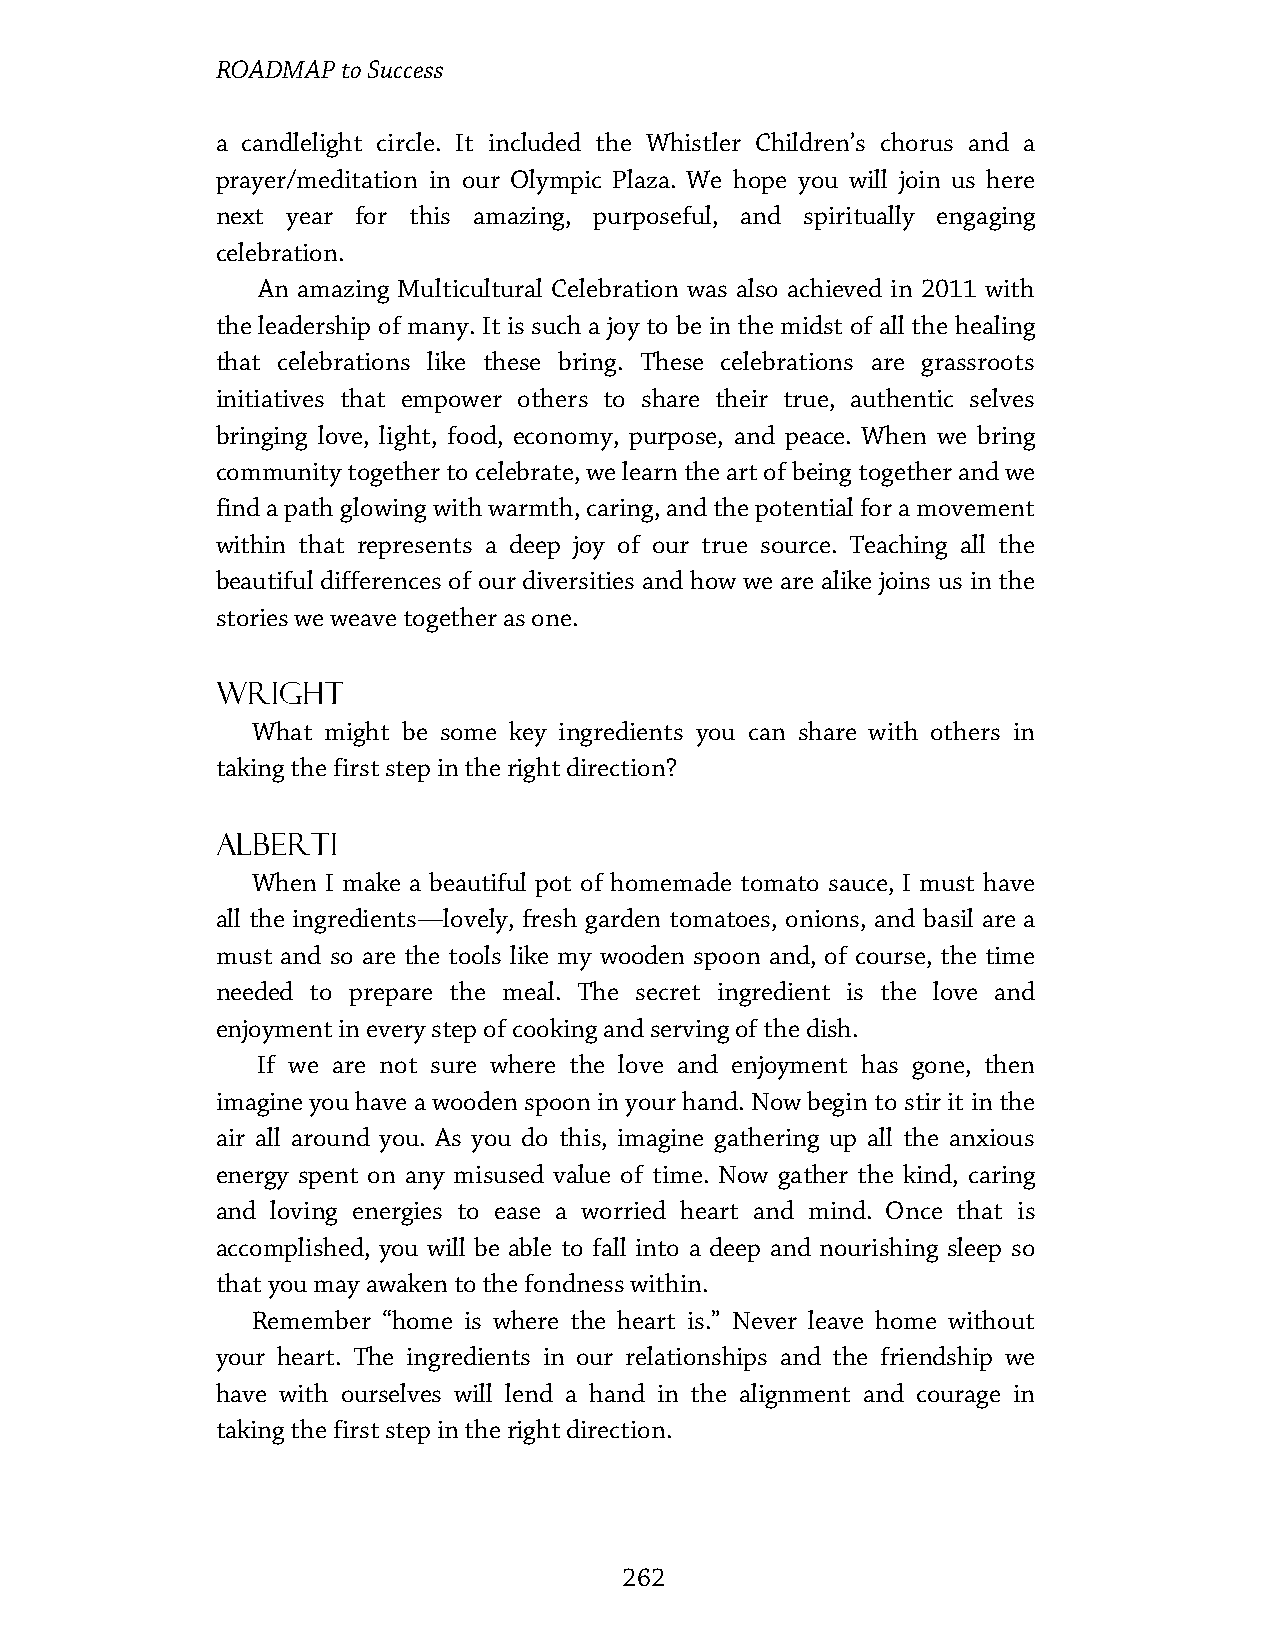
ROADMAP  to Success
 a candlelight circle. It included the Whistler Children’s chorus and a
 prayer/meditation in our Olympic Plaza. We hope you will join us here
 next year for this amazing, purposeful, and spiritually engaging
 celebration.
 An amazing Multicultural Celebration was also achieved in 2011 with
 the leadership of many. It is such a joy to be in the midst of all the healing
 that celebrations like these bring. These celebrations are grassroots
 initiatives that empower others to share their true, authentic selves
 bringing love, light, food, economy, purpose, and peace. When we bring
 community together to celebrate, we learn the art of being together and we
 find a path glowing with warmth, caring, and the potential for a movement
 within that represents a deep joy of our true source. Teaching all the
 beautiful differences of our diversities and how we are alike joins us in the
 stories we weave together as one.
 Wright
 What might be some key ingredients you can share with others in
 taking the first step in the right direction?
 Alberti
 When I make a beautiful pot of homemade tomato sauce, I must have
 all the ingredients—lovely, fresh garden tomatoes, onions, and basil are a
 must and so are the tools like my wooden spoon and, of course, the time
 needed to prepare the meal. The secret ingredient is the love and
 enjoyment in every step of cooking and serving of the dish.
 If we are not sure where the love and enjoyment has gone, then
 imagine you have a wooden spoon in your hand. Now begin to stir it in the
 air all around you. As you do this, imagine gathering up all the anxious
 energy spent on any misused value of time. Now gather the kind, caring
 and loving energies to ease a worried heart and mind. Once that is
 accomplished, you will be able to fall into a deep and nourishing sleep so
 that you may awaken to the fondness within.
 Remember “home is where the heart is.” Never leave home without
 your heart. The ingredients in our relationships and the friendship we
 have with ourselves will lend a hand in the alignment and courage in
 taking the first step in the right direction.
 262